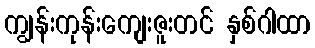
ကျွန်းကုန်းကျေးဇူးတင် နှစ်ဂါထာ